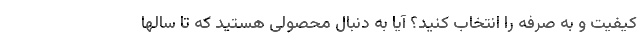
کیفیت و به صرفه را انتخاب کنید؟ آیا به دنبال محصولی هستید که تا سالها